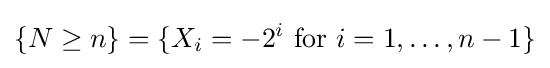
\{N\geq n\}=\{X_{i}=-2^{i}{\text{ for }}i=1,\ldots ,n-1\}